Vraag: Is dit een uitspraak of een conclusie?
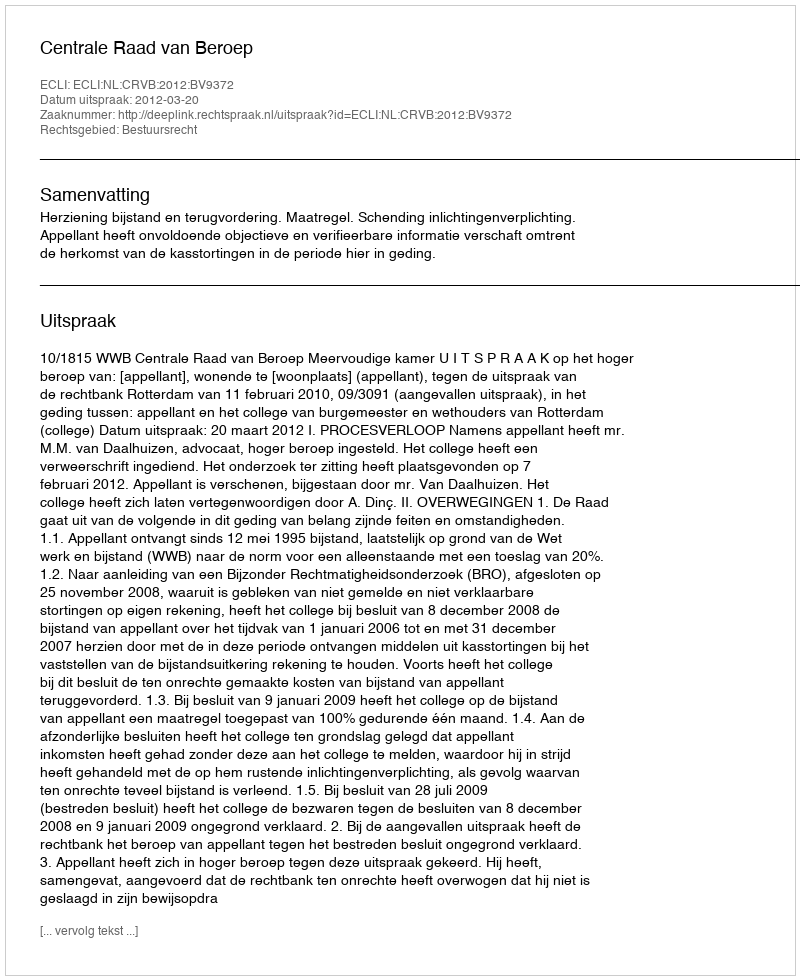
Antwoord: Uitspraak